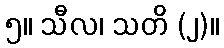
၅။ သီလ၊ သတိ (၂)။